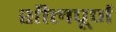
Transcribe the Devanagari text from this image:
शीलपूर्ण